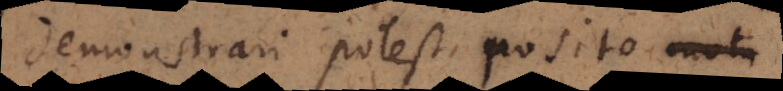
demonstrari potest posito motu